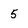
Character: 5